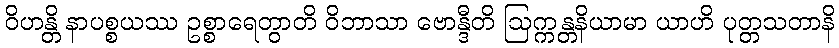
ဝိဟန္တိ နာပစ္စယဿ ဥစ္စာရေတွာတိ ဝိဘာသာ ဗောန္ဒီတိ ဩက္ကန္တနိယာမာ ယာဟိ ပုတ္တသတာနိ